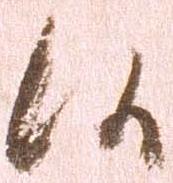
候